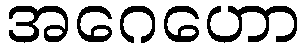
အဂေဟော